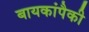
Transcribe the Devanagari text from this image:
बायकांपैकी